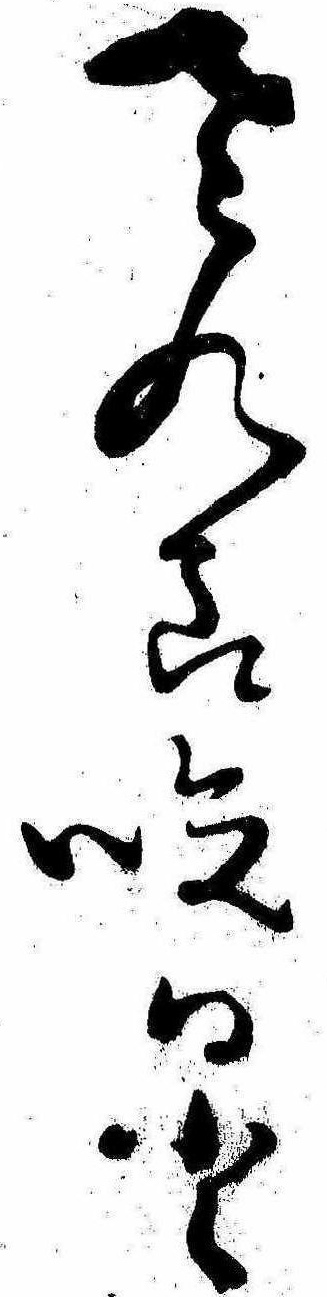
さくら咲日と